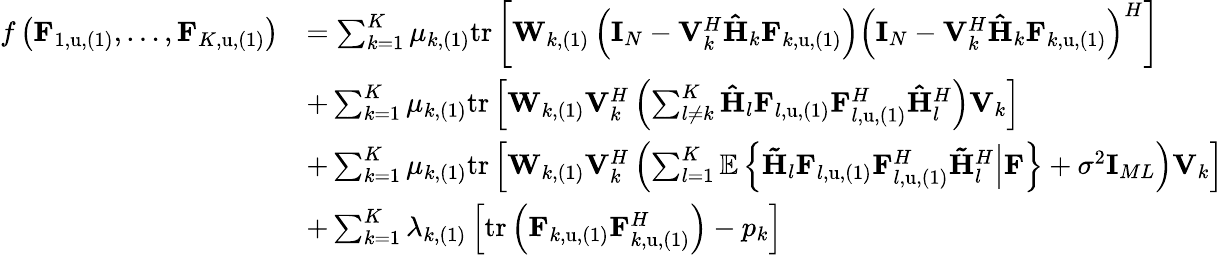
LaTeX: \begin{array}{rl}{f\left(\mathbf{F}_{1,\mathrm{u},(1)},\dots,\mathbf{F}_{K,\mathrm{u},(1)}\right)}&{=\sum_{k=1}^{K}{\mu_{k,(1)}}\mathrm{tr}\left[\mathbf{W}_{k,(1)}\left(\mathbf{I}_{N}-\mathbf{V}_{k}^{H}\mathbf{\hat{H}}_{k}\mathbf{F}_{k,\mathrm{u},(1)}\right)\left(\mathbf{I}_{N}-\mathbf{V}_{k}^{H}\mathbf{\hat{H}}_{k}\mathbf{F}_{k,\mathrm{u},(1)}\right)^{H}\right]}\\ &{+\sum_{k=1}^{K}{\mu_{k,(1)}\mathrm{tr}\left[\mathbf{W}_{k,(1)}\mathbf{V}_{k}^{H}\left(\sum_{l\ne k}^{K}{\mathbf{\hat{H}}_{l}\mathbf{F}_{l,\mathrm{u},(1)}\mathbf{F}_{l,\mathrm{u},(1)}^{H}\mathbf{\hat{H}}_{l}^{H}}\right)\mathbf{V}_{k}\right]}}\\ &{+\sum_{k=1}^{K}{\mu_{k,(1)}\mathrm{tr}\left[\mathbf{W}_{k,(1)}\mathbf{V}_{k}^{H}\left(\sum_{l=1}^{K}{\mathbb{E}\left\{ \left.\mathbf{\tilde{H}}_{l}\mathbf{F}_{l,\mathrm{u},(1)}\mathbf{F}_{l,\mathrm{u},(1)}^{H}\mathbf{\tilde{H}}_{l}^{H}\right|\mathbf{F}\right\} }+\sigma^{2}\mathbf{I}_{ML}\right)\mathbf{V}_{k}\right]}}\\ &{+\sum_{k=1}^{K}{\lambda_{k,(1)}\left[\mathrm{tr}\left(\mathbf{F}_{k,\mathrm{u},(1)}\mathbf{F}_{k,\mathrm{u},(1)}^{H}\right)-p_{k}\right]}}\end{array}